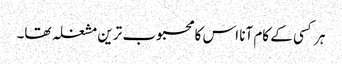
ہر کسی کے کام آنا اس کا محبوب ترین مشغلہ تھا۔